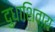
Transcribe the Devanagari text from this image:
दुधाशिवाय